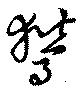
鸑